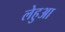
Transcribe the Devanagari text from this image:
लेहुआ